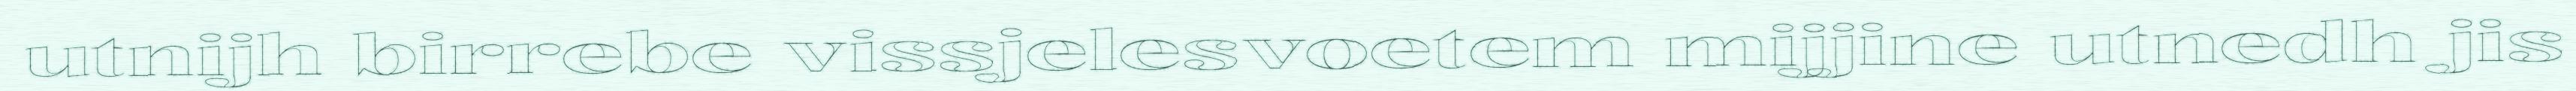
utnijh birrebe vissjelesvoetem mijjine utnedh jis